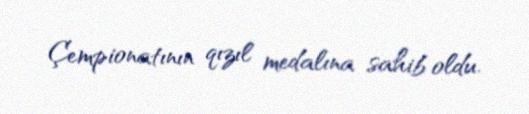
Çempionatının qızıl medalına sahib oldu.